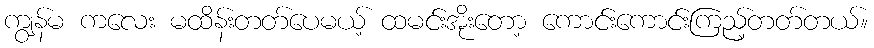
ကျွန်မ ကလေး မထိန်းတတ်ပေမယ့် ထမင်းအိုးတော့ ကောင်းကောင်းကြည့်တတ်တယ်။